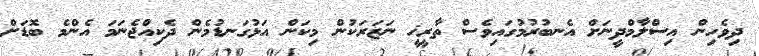
ދިވެހިން އިސްލާމްދީނަށް އެނބުރުމުގައިވެސް ތާރީޚީ ނަޒަރަކުން މިކަން އަޅުގަނޑުމެން ދެކިއްޖެނަމަ އެންމެ ބޮޑަށް